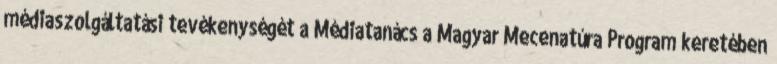
médiaszolgáltatási tevékenységét a Médiatanács a Magyar Mecenatúra Program keretében